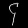
Digit: ၄